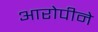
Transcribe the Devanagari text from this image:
आरोपीने